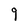
Character: 9